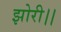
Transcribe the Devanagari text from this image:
झोरी।।